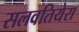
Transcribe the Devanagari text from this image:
सलवतियेरा